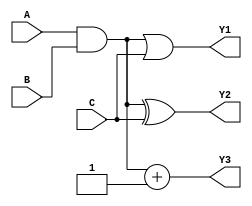
module combinational_logic (
    input wire [3:0] A,      // 4-bit input A
    input wire [3:0] B,      // 4-bit input B
    input wire [3:0] C,      // 4-bit input C
    output wire [3:0] Y1,    // Output Y1
    output wire [3:0] Y2,    // Output Y2
    output wire [3:0] Y3     // Output Y3
);

// Shared logic block
wire [3:0] shared_logic;

// Implement shared logic
assign shared_logic = A & B; // Example: AND operation shared between outputs

// Output logic utilizing shared logic
assign Y1 = shared_logic | C; // Y1 = (A & B) | C
assign Y2 = shared_logic ^ C; // Y2 = (A & B) ^ C
assign Y3 = shared_logic + 1;  // Y3 = (A & B) + 1 (example of a different operation)

// Optional: Buffering for fan-out management (if needed)
wire [3:0] buffered_shared_logic;
assign buffered_shared_logic = shared_logic; // Buffering can be added here if necessary

// Output logic with buffered shared logic
// Uncomment below if buffering is required
// assign Y1 = buffered_shared_logic | C;
// assign Y2 = buffered_shared_logic ^ C;
// assign Y3 = buffered_shared_logic + 1;

endmodule